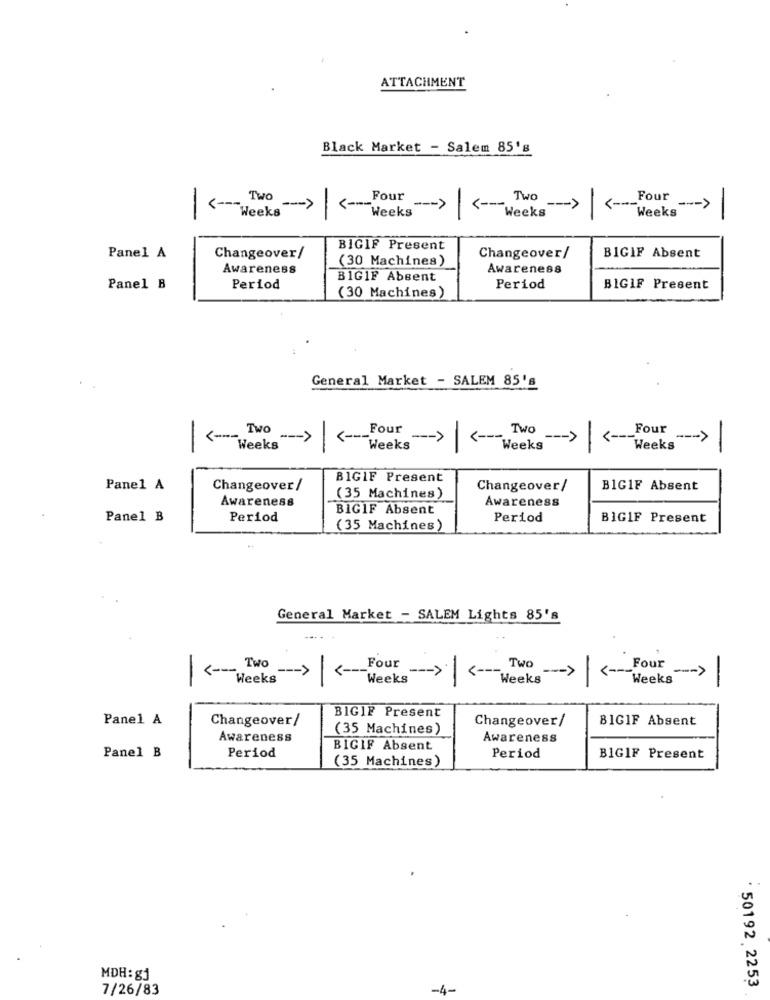
ATTACHMENT
Black Market - Salem 85's
Weeks -- >| <- Four
_Four
<-- Two
-- > <--- Two
Weeks -- >
<-
Weeks
Weeks
-
BIGIF Present
Panel A
Changeover/
(30 Machines)
Changeover/
BIGIF Absent
Awareness
Awareness
BIGIF Absent
Panel B
Period
Period
BIGIF Present
(30 Machines)
General Market - SALEM 85's
__ Four
Four
<--- Two
Weeks " -- >
<---
-- >
Weeks
--- > <-- Two --- > <-
Weeks
Weeks
BIGIF Present
Panel A
Changeover /
Changeover/
B1GIF Absent
Awareness
(35 Machines)
Awareness
BIGIF Absent
Panel B
Period
Period
BIGIF Present
(35 Machines)
General Market - SALEM Lights 85's
-
Weeks --- >
Two
-
<-
Four
_Four
<---
Weeks
Weeks
--- >
-
-><weeks -> | -*
Panel A
Changeover/
BIGIF Present
Changeover/
BIGIF Absent
(35 Machines)
Awareness
Awareness
Period
BIGIF Absent
Panel B
Period
BIGIF Present
(35 Machines)
MDH: gj
· 50192 2253
7/26/83
-4-